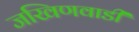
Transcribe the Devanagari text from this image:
जखिणवाडी